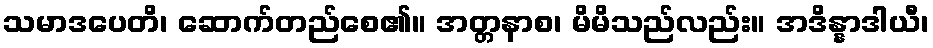
သမာဒပေတိ၊ ဆောက်တည်စေ၏။ အတ္တနာစ၊ မိမိသည်လည်း။ အဒိန္နာဒါယီ၊